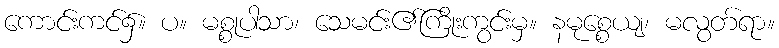
ကောင်းကင်၌။ ပ။ မစ္စုပါသာ၊ သေမင်း၏ကြိုးကွင်းမှ။ နမုစ္စေယျ၊ မလွတ်ရာ။